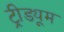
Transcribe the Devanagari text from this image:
ट्रीड्यूम